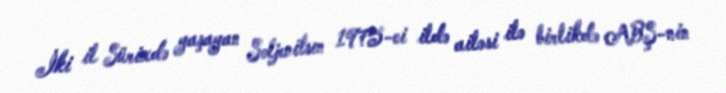
İki il Sürixdə yaşayan Soljenitsın 1975-ci ildə ailəsi ilə birlikdə ABŞ-nin